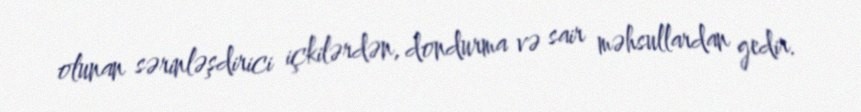
olunan sərinləşdirici içkilərdən, dondurma və sair məhsullardan gedir.